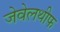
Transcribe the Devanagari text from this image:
जेवेलथीफ